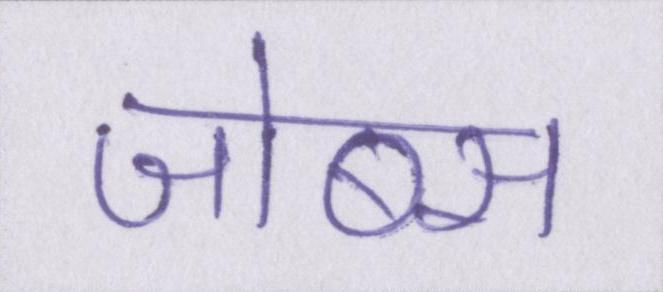
जोब्स